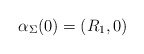
\begin{align*}\alpha_\Sigma(0)=(R_1,0)\end{align*}